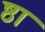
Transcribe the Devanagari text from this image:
ष्ठा